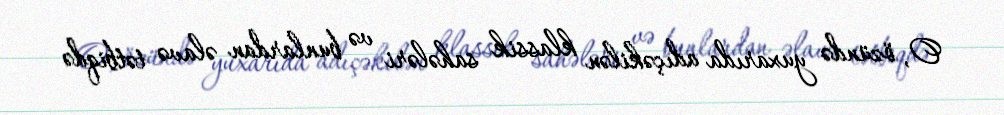
O, özündə yuxarıda adıçəkilən klassik sahələri və bunlardan əlavə tətbiqdə